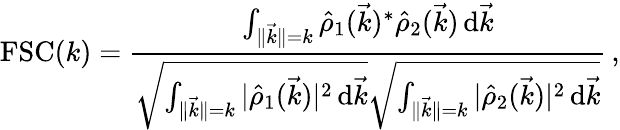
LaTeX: \mathrm{FSC}(k)=\frac{\int_{\lVert\vec{k}\rVert=k}\hat{\rho}_{1}(\vec{k})^{*}\hat{\rho}_{2}(\vec{k})\, \mathrm d\vec{k}}{\sqrt{\int_{\lVert\vec{k}\rVert=k}|\hat{\rho}_{1}(\vec{k})|^{2}\, \mathrm d\vec{k}}\sqrt{\int_{\lVert\vec{k}\rVert=k}|\hat{\rho}_{2}(\vec{k})|^{2}\, \mathrm d\vec{k}}}\, ,